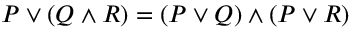
P \lor ( Q \land R ) = ( P \lor Q ) \land ( P \lor R )